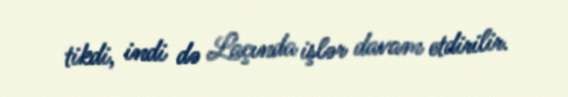
tikdi, indi də Laçında işlər davam etdirilir.